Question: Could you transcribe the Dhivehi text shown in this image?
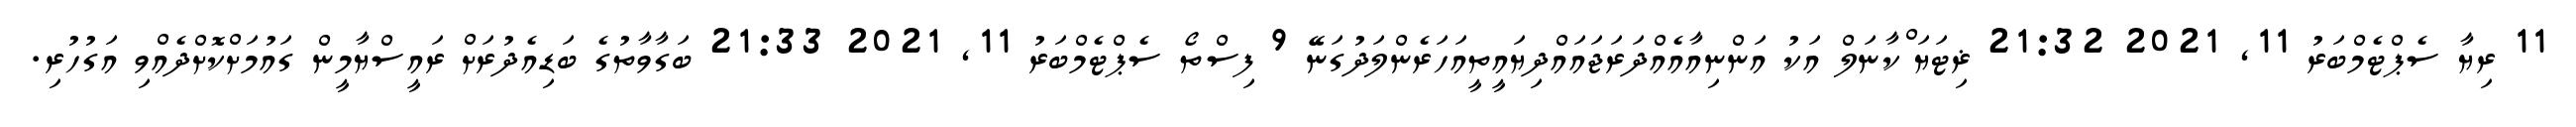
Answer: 11 ރިޔާ ސެޕްޓެމްބަރު 11, 2021 21:32 ޜިޓަޔަޱްކާނަލް އަކު އަންނިއާއެއްދަރަޖައައްދިޔައީތީއަހަރެންލަދުގަނޭ 9 ފިސްތޯ ސެޕްޓެމްބަރު 11, 2021 21:33 ބަގާވާތުގެ ބަޑިއެދުރަށް ރައީސްޔާމީން ގައުމަށްކޮށްދެއްވި އަގުހުރި.